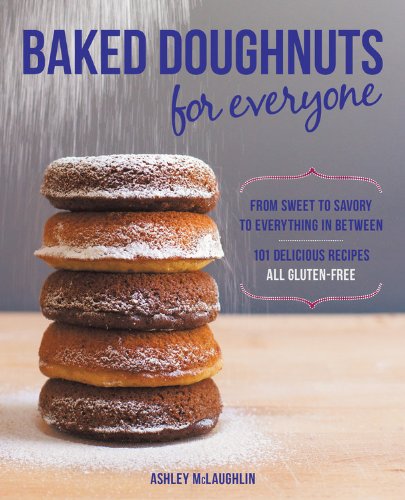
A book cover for Baked Doughnuts For Everyone: From Sweet to Savory to Everything in Between, 101 Delicious Recipes, All Gluten-Free; Ashley McLaughlin; Cookbooks, Food & Wine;